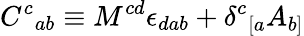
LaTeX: {C^{c}}_{ab}\equiv M^{cd}\epsilon_{dab}+{\delta^{c}}_{[a}A_{b]}